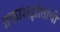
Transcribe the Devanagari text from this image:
प्रकाशझोतांची